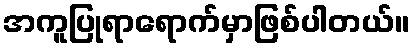
အကူပြုရာရောက်မှာဖြစ်ပါတယ်။